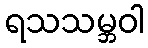
ရသသမ္ဘဝါ